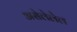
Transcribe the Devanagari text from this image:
असेलेलेल